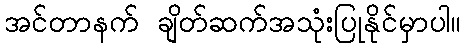
အင်တာနက် ချိတ်ဆက်အသုံးပြုနိုင်မှာပါ။